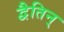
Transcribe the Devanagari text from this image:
द्वैतिन्